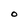
Character: O